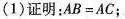
(1)证明：$$AB=AC$$；